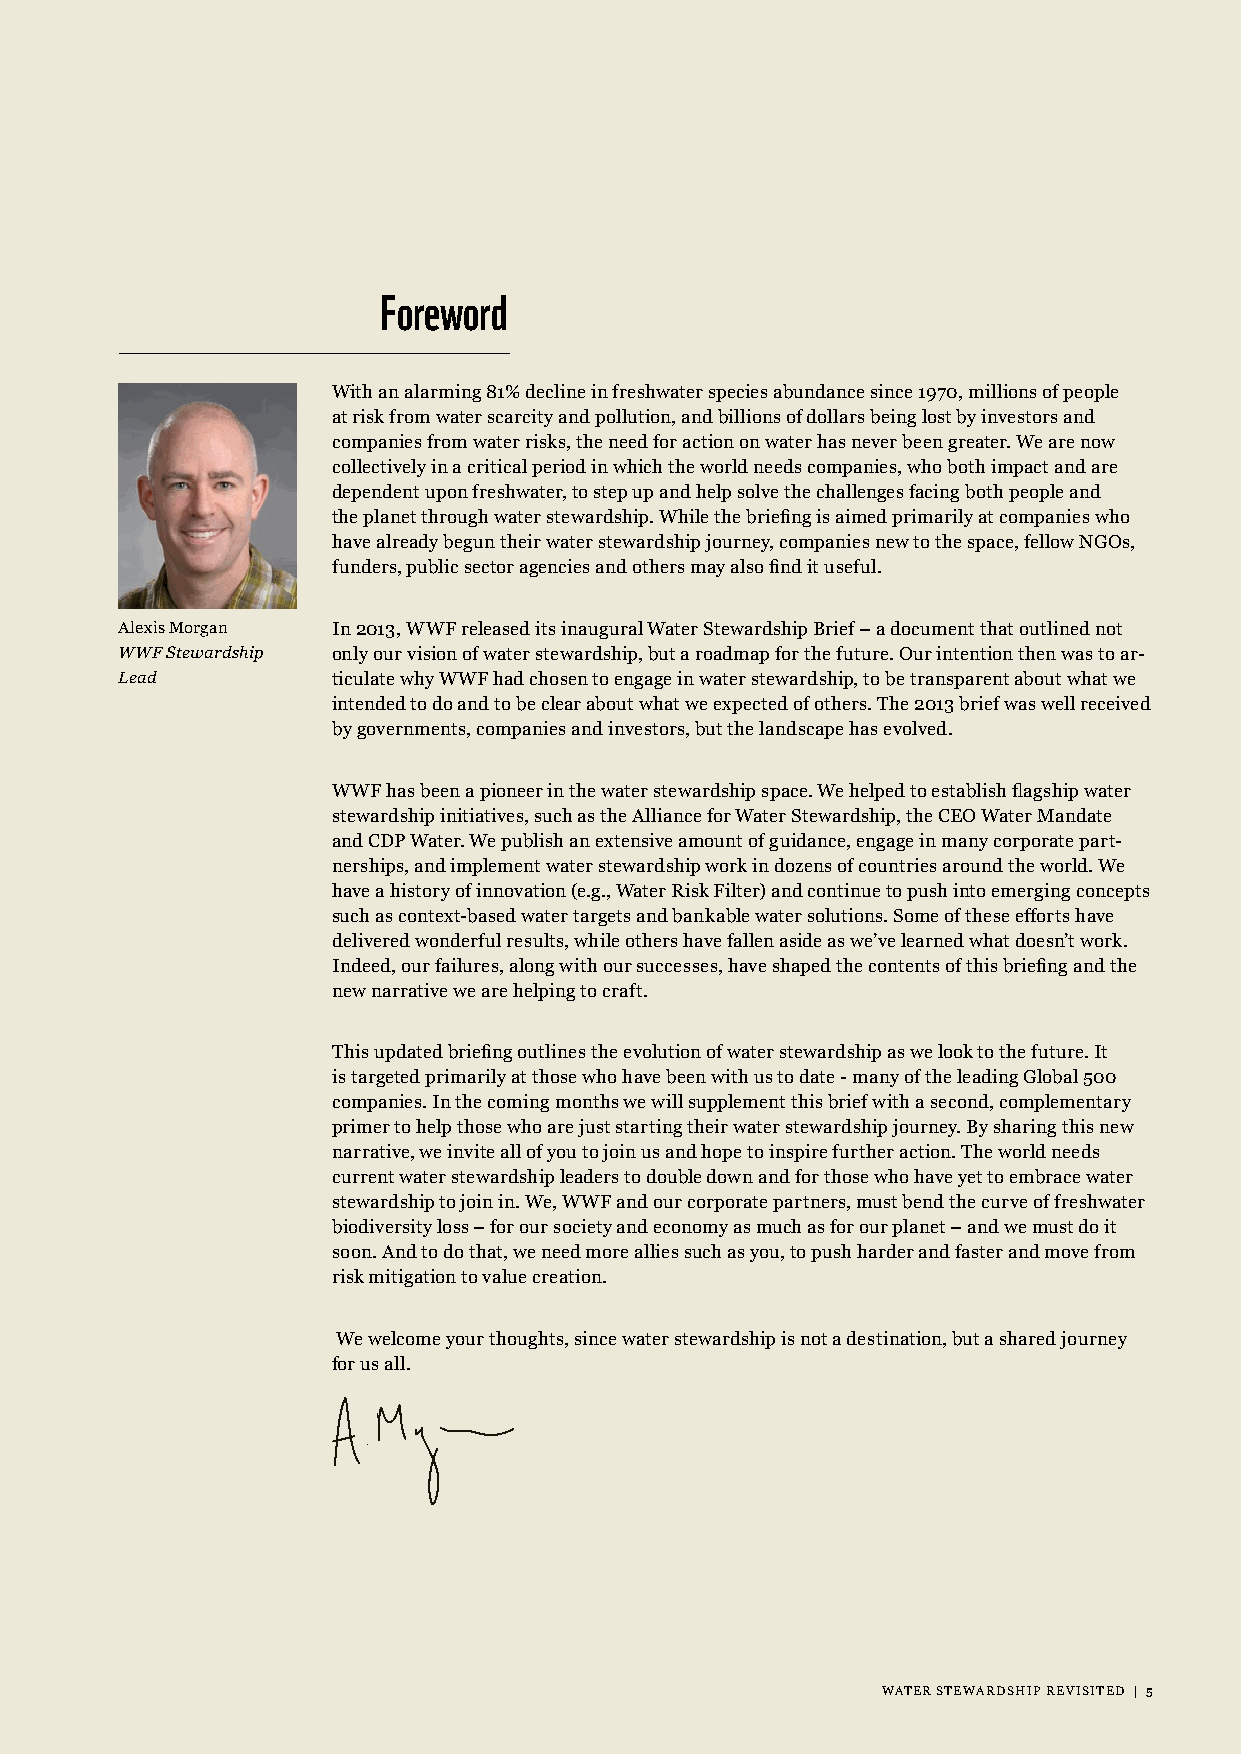
Foreword
 With an alarming 81% decline in freshwater species abundance since 1970, millions of people
 at risk from water scarcity and pollution, and billions of dollars being lost by investors and
 companies from water risks, the need for action on water has never been greater. We are now
 collectively in a critical period in which the world needs companies, who both impact and are
 dependent upon freshwater, to step up and help solve the challenges facing both people and
 the planet through water stewardship. While the briefing is aimed primarily at companies who
 have already begun their water stewardship journey, companies new to the space, fellow NGOs,
 funders, public sector agencies and others may also find it useful.
 Alexis Morgan In 2013, WWF released its inaugural Water Stewardship Brief – a document that outlined not
 WWF Stewardship only our vision of water stewardship, but a roadmap for the future. Our intention then was to ar-
 Lead          ticulate why WWF had chosen to engage in water stewardship, to be transparent about what we
 intended to do and to be clear about what we expected of others. The 2013 brief was well received
 by governments, companies and investors, but the landscape has evolved.
 WWF has been a pioneer in the water stewardship space. We helped to establish flagship water
 stewardship initiatives, such as the Alliance for Water Stewardship, the CEO Water Mandate
 and CDP Water. We publish an extensive amount of guidance, engage in many corporate part-
 nerships, and implement water stewardship work in dozens of countries around the world. We
 have a history of innovation (e.g., Water Risk Filter) and continue to push into emerging concepts
 such as context-based water targets and bankable water solutions. Some of these efforts have
 delivered wonderful results, while others have fallen aside as we’ve learned what doesn’t work.
 Indeed, our failures, along with our successes, have shaped the contents of this briefing and the
 new narrative we are helping to craft.
 This updated briefing outlines the evolution of water stewardship as we look to the future. It
 is targeted primarily at those who have been with us to date - many of the leading Global 500
 companies. In the coming months we will supplement this brief with a second, complementary
 primer to help those who are just starting their water stewardship journey. By sharing this new
 narrative, we invite all of you to join us and hope to inspire further action. The world needs
 current water stewardship leaders to double down and for those who have yet to embrace water
 stewardship to join in. We, WWF and our corporate partners, must bend the curve of freshwater
 biodiversity loss – for our society and economy as much as for our planet – and we must do it
 soon. And to do that, we need more allies such as you, to push harder and faster and move from
 risk mitigation to value creation.
 We welcome your thoughts, since water stewardship is not a destination, but a shared journey
 for us all.
 WWAATTEERR SSTTEEWWAARRDDSSHHIIPP RREEVVIISSIITTEEDD || 55